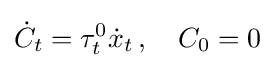
{\dot {C}}_{t}=\tau _{t}^{0}{\dot {x}}_{t}\,,\quad C_{0}=0